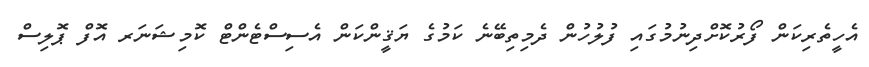
އެހީތެރިކަން ފޯރުކޮށްދިނުމުގައި ފުލުހުން ދެމިތިބޭނެ ކަމުގެ ޔަޤީންކަން އެސިސްޓެންޓް ކޮމިޝަނަރ އޮފް ޕޮލިސް